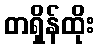
တရှိန်ထိုး